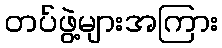
တပ်ဖွဲ့များအကြား